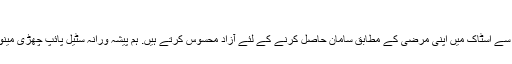
ہم مل ٹیسٹ تصدیق نامہ کی فراہمی کر سکتے ہیں
چین میں بنایا جانے والی معیار کے سٹیل پائپ چھڑی خریدنے یا ہمارے فیکٹری سے اسٹاک میں اپنی مرضی کے مطابق سامان حاصل کرنے کے لئے آزاد محسوس کرتے ہیں. ہم پیشہ ورانہ سٹیل پائپ چھڑی مینوفیکچررز اور چین میں سپلائرز میں سے ایک ہیں. مسابقتی قیمت کا لطف اٹھائیں.